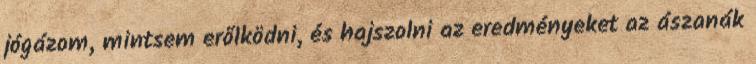
jógázom, mintsem erőlködni, és hajszolni az eredményeket az ászanák